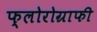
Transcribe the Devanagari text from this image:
फ्लोरोग्राफी